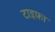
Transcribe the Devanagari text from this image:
टाइफ़ा